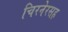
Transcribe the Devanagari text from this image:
चिरनेरसह